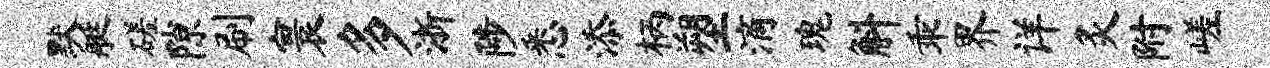
默艇磋隙刷寰多浙陟悉添柄塑滴瑰斛乖界详炙附嵯